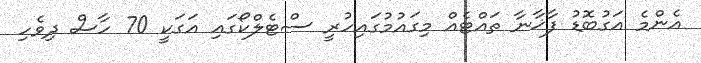
އެންމެ އަގުބޮޑު ފާޚާނާ ތައްޓެއް މިގައުމުގައިހުރީ ސްޓެލްކޯގައި އަގަކީ 70 ހާސް ދިވެހި